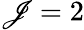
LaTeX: \mathscr{J}=2